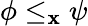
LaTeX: \phi\leq_{\mathbf{x}}\psi